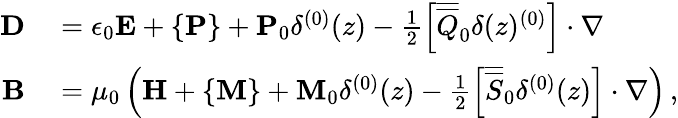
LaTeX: \begin{array}{rl}{\mathbf{D}}&{{}=\epsilon_{0}\mathbf{E}+\{ \mathbf{P}\} +\mathbf{P}_{0}\delta^{(0)}(z)-\frac{1}{2}\left[\overline{{\overline{{Q}}}}_{0}\delta(z)^{(0)}\right]\cdot\nabla}\\ {\mathbf{B}}&{{}=\mu_{0}\left(\mathbf{H}+\{ \mathbf{M}\} +\mathbf{M}_{0}\delta^{(0)}(z)-\frac{1}{2}\left[\overline{{\overline{{S}}}}_{0}\delta^{(0)}(z)\right]\cdot\nabla\right)\, ,}\end{array}